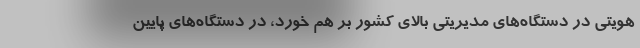
هویتی در دستگاه‌های مدیریتی بالای کشور بر هم خورد، در دستگاه‌های پایین